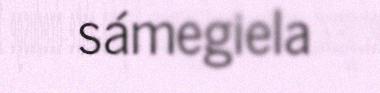
sámegiela